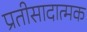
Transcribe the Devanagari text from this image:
प्रतीसादात्मक